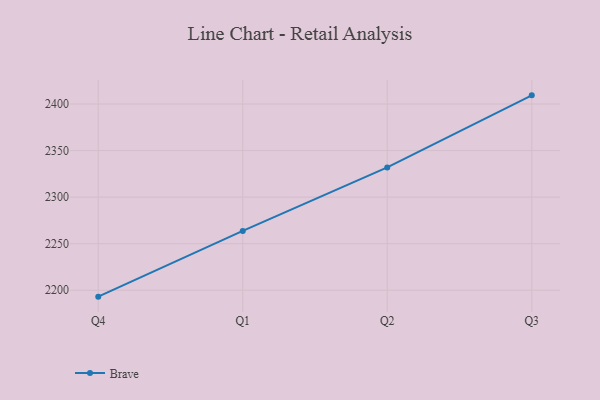
{"axis": {"x": "Quarter", "y": "Page Views"}, "legend": ["Brave"], "data": [{"x": "Q4", "y": 2193.1, "type": "Brave"}, {"x": "Q1", "y": 2263.7, "type": "Brave"}, {"x": "Q2", "y": 2331.9, "type": "Brave"}, {"x": "Q3", "y": 2409.3, "type": "Brave"}]}